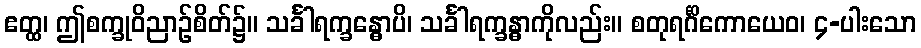
ဧတ္ထ၊ ဤစက္ခုဝိညာဉ်စိတ်၌။ သင်္ခါရက္ခန္ဓောပိ၊ သင်္ခါရက္ခန္ဓာကိုလည်း။ စတုရင်္ဂိကောယေဝ၊ ၄-ပါးသော